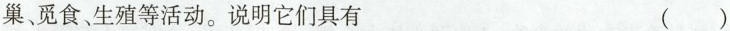
巢、觅食生殖等活动。说明它们具有 ( )